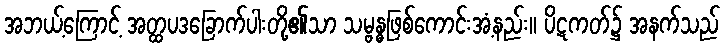
အဘယ့်ကြောင့် အတ္ထပဒခြောက်ပါးတို့၏သာ သမ္ဗန္ဓဖြစ်ကောင်းအံ့နည်း။ ပိဋကတ်၌ အနက်သည်